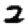
Digit: 2